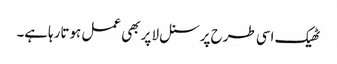
ٹھیک اسی طرح پرسنل لا پر بھی عمل ہوتارہاہے۔